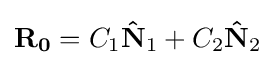
\mathbf {R_{0}} =C_{1}\mathbf {\hat {N}} _{1}+C_{2}\mathbf {\hat {N}} _{2}